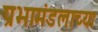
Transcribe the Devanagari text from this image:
प्रभामंडलाच्या